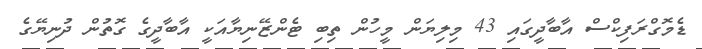
ޑެމޮގްރަފިކްސް އާބާދީގައި 43 މިލިޔަން މީހުން ތިބި ޓެންޒޭނިޔާއަކީ އާބާދީގެ ގޮތުން ދުނިޔޭގެ